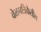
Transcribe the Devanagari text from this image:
वेळपत्रिकेतील